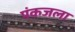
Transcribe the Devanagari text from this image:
पंकजला